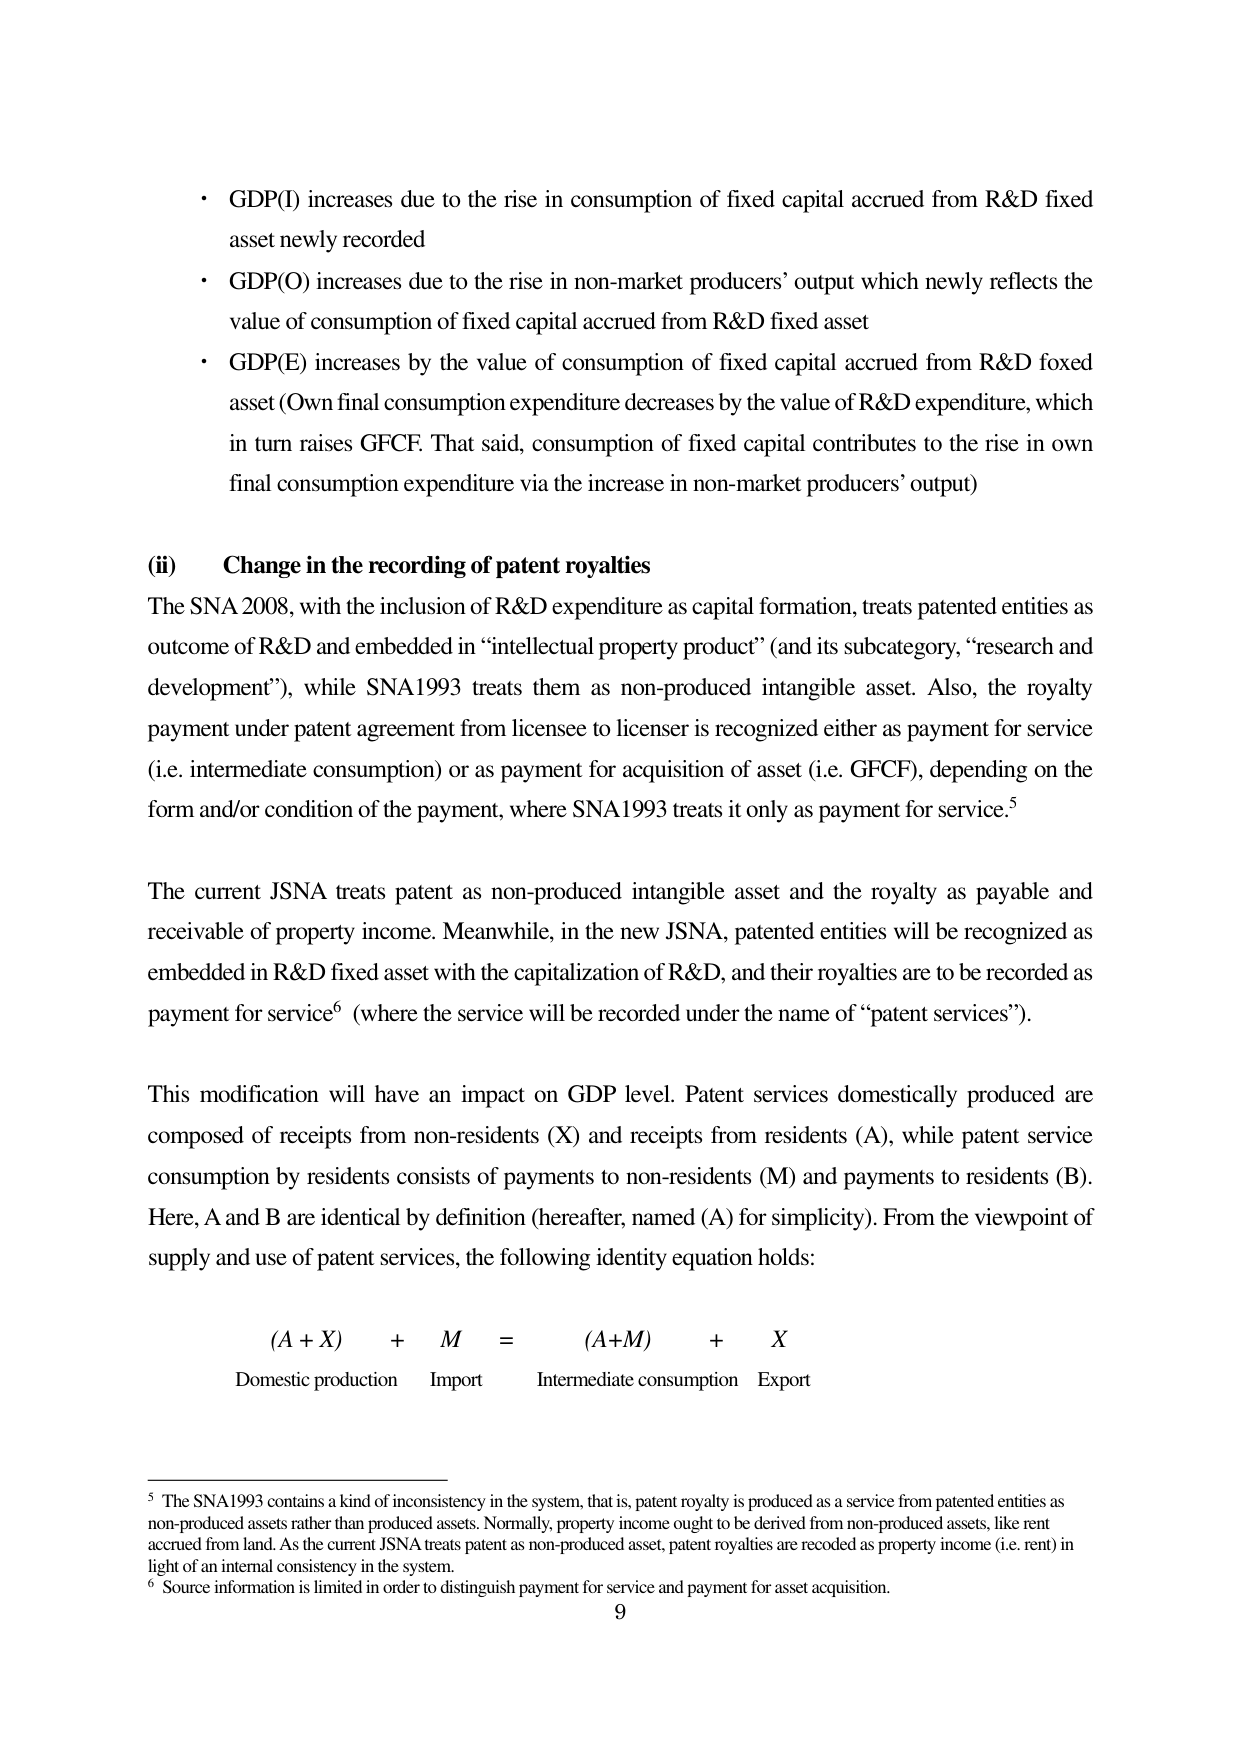
• GDP(I) increases due to the rise in consumption of fixed capital accrued from R&D fixed asset newly recorded
• GDP(O) increases due to the rise in non-market producers’ output which newly reflects the value of consumption of fixed capital accrued from R&D fixed asset
• GDP(E) increases by the value of consumption of fixed capital accrued from R&D fixed asset (Own final consumption expenditure decreases by the value of R&D expenditure, which in turn raises GFCF. That said, consumption of fixed capital contributes to the rise in own final consumption expenditure via the increase in non-market producers’ output)

(ii) Change in the recording of patent royalties
The SNA 2008, with the inclusion of R&D expenditure as capital formation, treats patented entities as outcome of R&D and embedded in “intellectual property product” (and its subcategory, “research and development”), while SNA1993 treats them as non-produced intangible asset. Also, the royalty payment under patent agreement from licensee to licensor is recognized either as payment for service (i.e. intermediate consumption) or as payment for acquisition of asset (i.e. GFCF), depending on the form and/or condition of the payment, where SNA1993 treats it only as payment for service.⁵

The current JSNA treats patent as non-produced intangible asset and the royalty as payable and receivable of property income. Meanwhile, in the new JSNA, patented entities will be recognized as embedded in R&D fixed asset with the capitalization of R&D, and their royalties are to be recorded as payment for service⁶ (where the service will be recorded under the name of “patent services”).

This modification will have an impact on GDP level. Patent services domestically produced are composed of receipts from non-residents (X) and receipts from residents (A), while patent service consumption by residents consists of payments to non-residents (M) and payments to residents (B). Here, A and B are identical by definition (hereafter, named (A) for simplicity). From the viewpoint of supply and use of patent services, the following identity equation holds:

(A + X) + M = (A+M) + X
Domestic production Import Intermediate consumption Export

⁵ The SNA1993 contains a kind of inconsistency in the system, that is, patent royalty is produced as a service from patented entities as non-produced assets rather than produced assets. Normally, property income ought to be derived from non-produced assets, like rent accrued from land. As the current JSNA treats patent as non-produced asset, patent royalties are recoded as property income (i.e. rent) in light of an internal consistency in the system.
⁶ Source information is limited in order to distinguish payment for service and payment for asset acquisition.
9